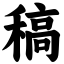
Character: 稿